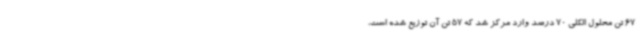
67 تن محلول الکلی 70 درصد وارد مرکز شد که 57 تن آن توزیع شده است،